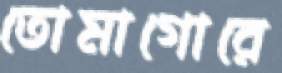
তোমাগোরে